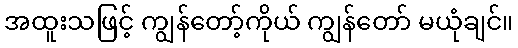
အထူးသဖြင့် ကျွန်တော့်ကိုယ် ကျွန်တော် မယုံချင်။